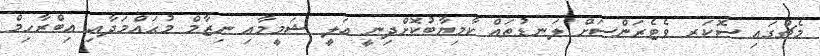
މެޗުގައި ސޮކަރ ވެޓެރަންސަށް ލަނޑުތައް ކާމިޔާބުކޮށްދިނީ އަލީ ޝަމީމާއި ނިޒާމް މުޙައްމަދާއި އިބްރާހިމް